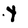
Character: Y